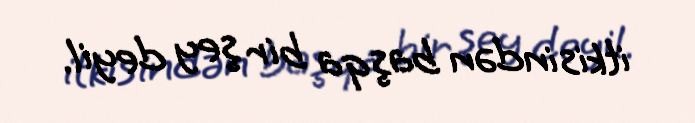
itkisindən başqa bir şey deyil.